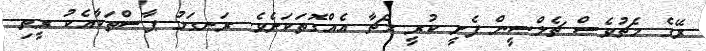
ރޭގެ މެޗުވެސް ޗެލްސީން ފެށީ ކުރީ މެޗާ އެއްގޮތަކަށެވެ. ރަނގަޅު ޕާސްތަކާއެކު ރީތި